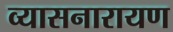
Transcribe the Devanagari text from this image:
व्यासनारायण